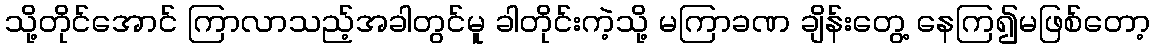
သို့တိုင်အောင် ကြာလာသည့်အခါတွင်မူ ခါတိုင်းကဲ့သို့ မကြာခဏ ချိန်းတွေ့ နေကြ၍မဖြစ်တော့